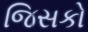
જિસકો